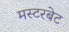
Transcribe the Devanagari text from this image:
मस्टरबेट